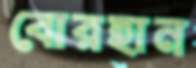
বোরহান